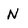
Character: N